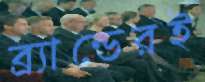
ব্র্যান্ডেরই